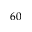
6 0